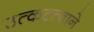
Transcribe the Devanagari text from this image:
उत्कटत्वाने